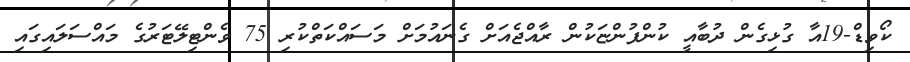
ކޯވިޑް-19އާ ގުޅިގެން ދުބާއީ ކުންފުންޏަކުން ރާއްޖެއަށް ގެނައުމަށް މަސައްކަތްކުރި 75 ވެންޓިލޭޓަރުގެ މައްސަލައިގައި